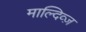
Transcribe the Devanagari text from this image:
माल्दिव्ज़